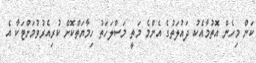
ކަން މިހެން އޮތުމާއެކު ދައުލަތުގެ އެންމެ މަތީ މަސްލަހަތު ހިމާޔަތްކޮށް ކުރިއެރުވުމަށްޓަކާ އެ